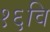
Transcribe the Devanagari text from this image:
१६वि